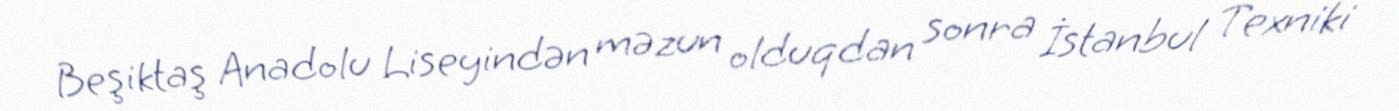
Beşiktaş Anadolu Liseyindən məzun olduqdan sonra İstanbul Texniki